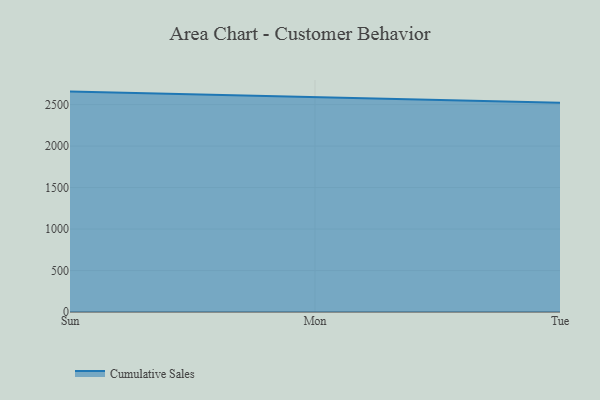
{"axis": {"x": "Day", "y": "Humidity (%)"}, "legend": ["Cumulative Sales"], "data": [{"x": "Sun", "y": 2656.4, "type": "Cumulative Sales"}, {"x": "Mon", "y": 2588.8, "type": "Cumulative Sales"}, {"x": "Tue", "y": 2521.9, "type": "Cumulative Sales"}]}